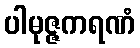
ပါမုဇ္ဇကရဏံ